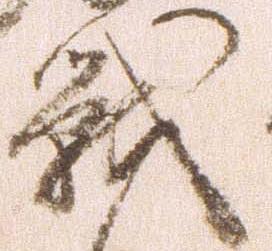
戦